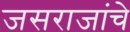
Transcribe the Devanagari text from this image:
जसराजांचे